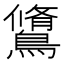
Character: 𪅭